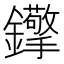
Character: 𨰈